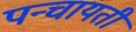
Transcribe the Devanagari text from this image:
पन्चायती